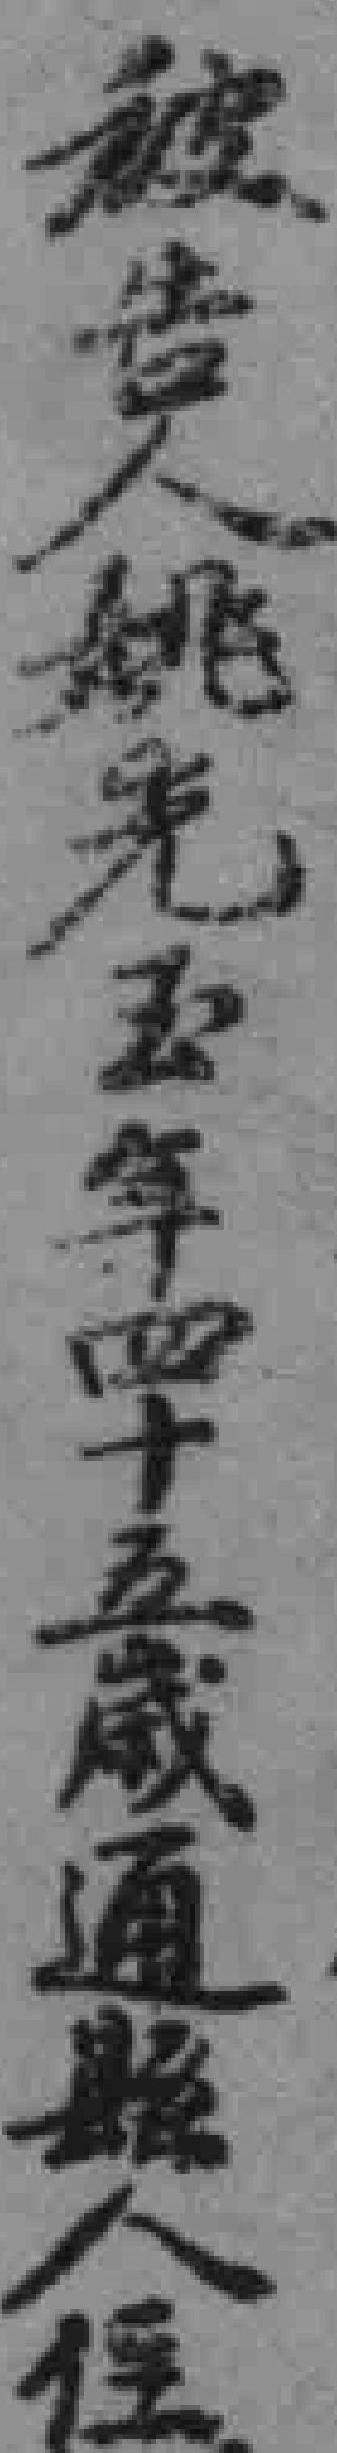
被告人姚光玉年四十五嵗通縣人*